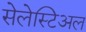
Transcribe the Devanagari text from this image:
सेलेस्टिअल